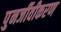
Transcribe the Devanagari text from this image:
पुनर्जीवीकरण